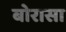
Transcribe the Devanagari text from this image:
बोरासा